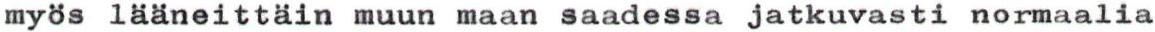
myös lääneittäin muun maan saadessa jatkuvasti normaalia